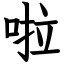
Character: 啦